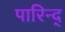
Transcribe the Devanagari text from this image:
पारिन्द्